Eesti_Vabariigi_Tartu_Ulikool, lk 38
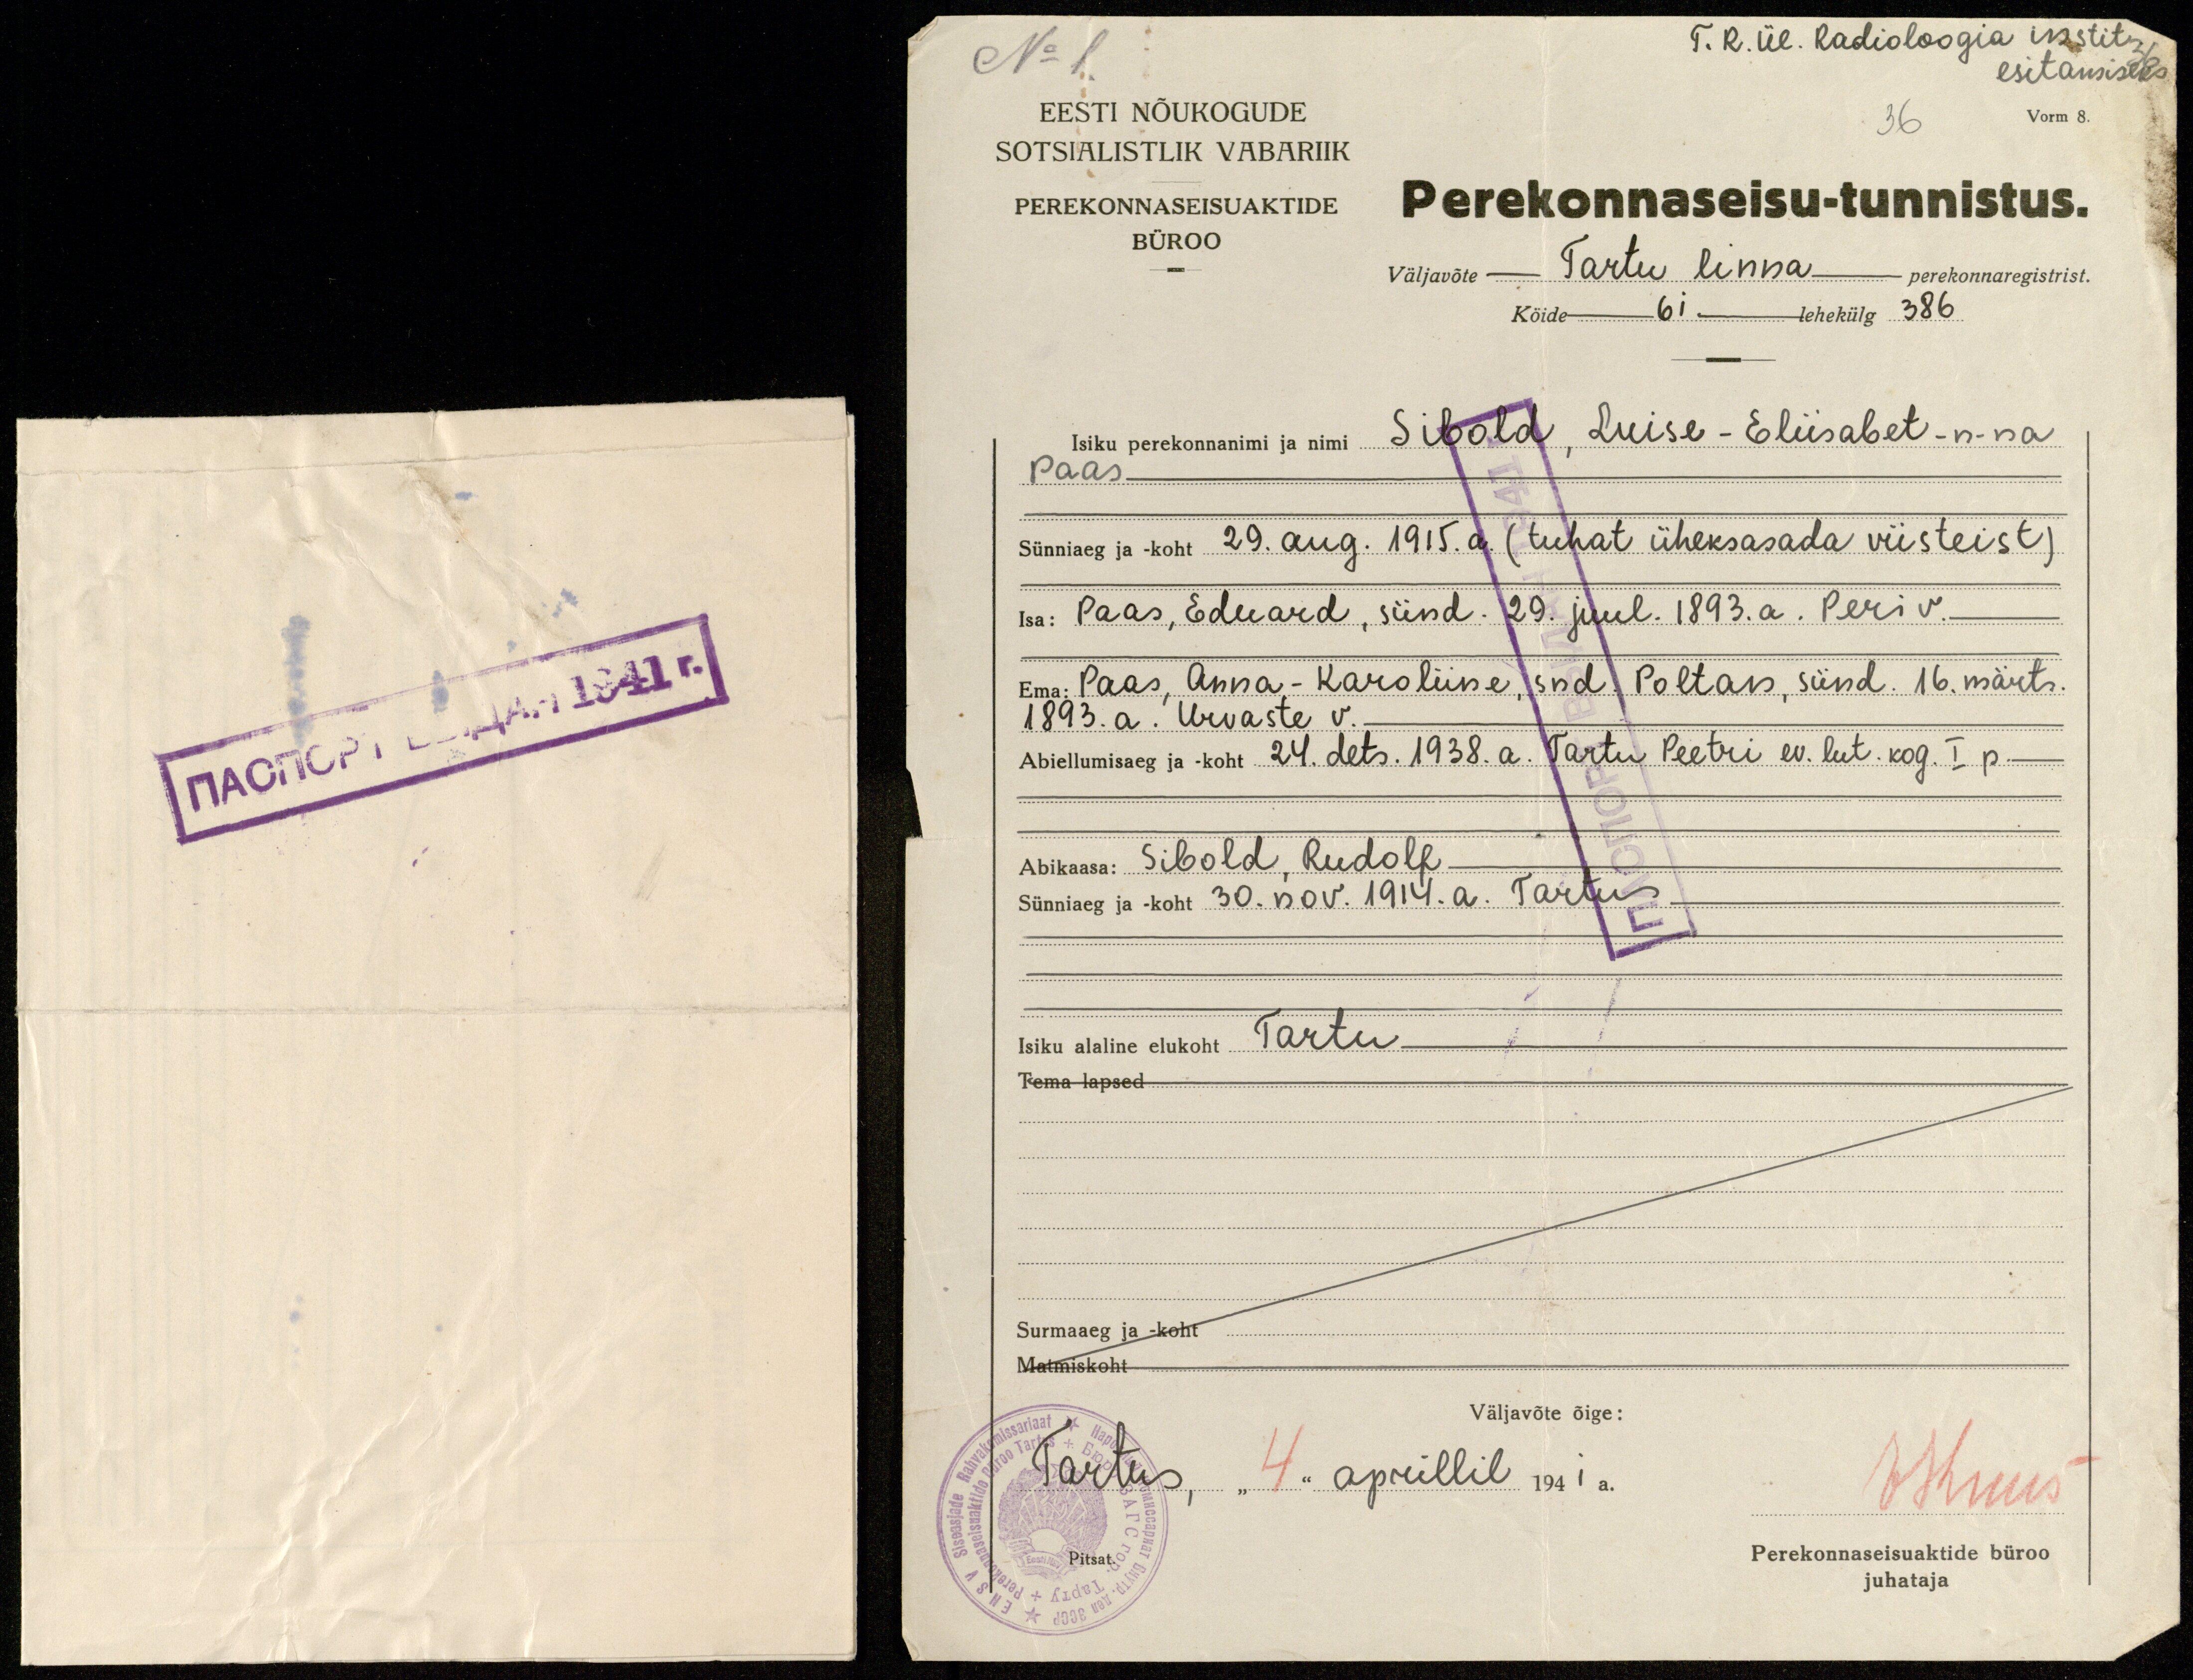
No 1
T. R. ül. Radioloogia instit-
esitamiseks
36
Vorm 8.
EESTI NÕUKOGUDE
SOTSIALISTLIK VABARIIK
PEREKONNASEISUAKTIDE
BÜROO
Perekonnaseisu-tunnistus.
Väljavõte - Tartu linna - perekonnaregistrist.
Köide 61- tehekülg 386
Isiku perekonnanini ja nimi Sibold, Luise-Eliisabet-n-na
Paas.
Sünniaeg ja koht 29. aug. 1915. a. (tuhat üheksasada viisteist)
Isa: Paas, Eduard, sünd. 29. juul. 1893.a. Periv.
Ema: Paas, Anna-Karoliine, snd. Poltan, sünd. 16. märts.
1893.a. Urvaste v.
Abiellumisag ja koht 24. dets. 1938. a. Tartu Peetri ev. lut. kog. I p.
Abikaasa: Sibold, Rudolf
Sünniaeg ja -koht 30. nov. 1914. a. Tartu
Isiku alaline elukoht Tartu
Tema lapsed
Surmaaeg ja koht
Matmiskoht
Väljavõte õige:
Tartus, "4" aprillil 1941 a.
V Kuus
Pitsat.
Perekonnaseisuaktide büroo
juhataja